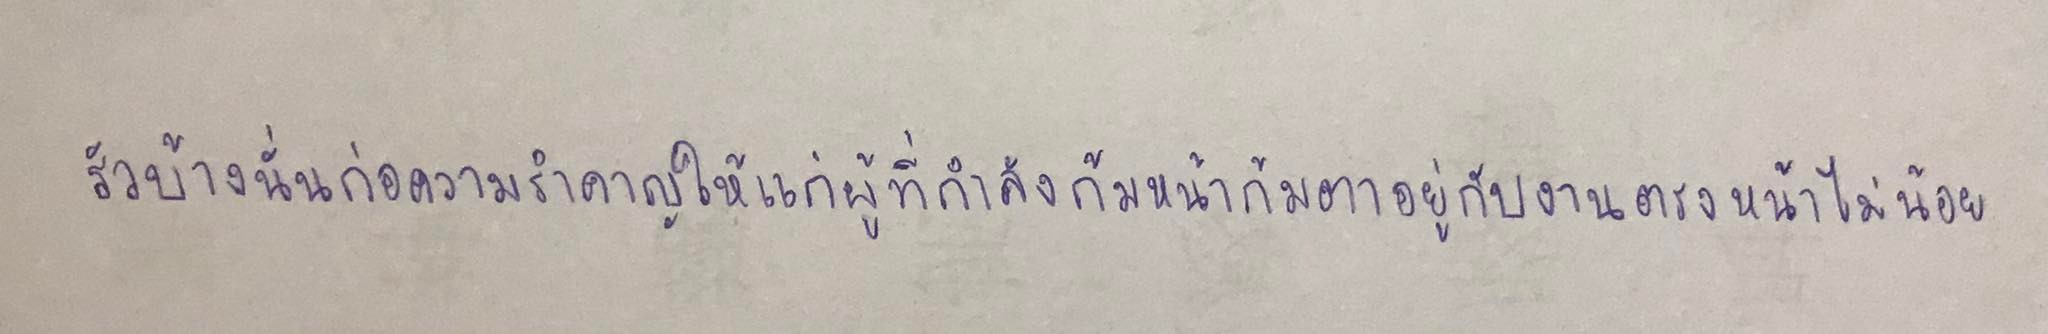
รัวบ้างนั่นก่อความรำคาญให้แก่ผู้ที่กำลังก้มหน้าก้มตาอยู่กับงานตรงหน้าไม่น้อย